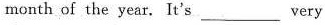
month of the year. It's______very